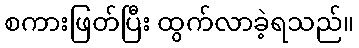
စကားဖြတ်ပြီး ထွက်လာခဲ့ရသည်။